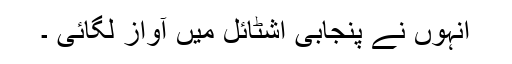
انہوں نے پنجابی اشٹائل میں آواز لگائی ۔